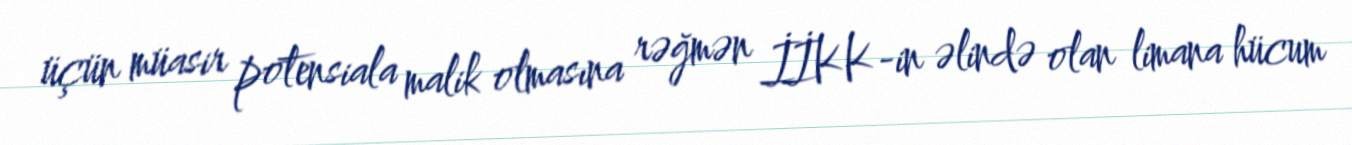
üçün müasir potensiala malik olmasına rəğmən İİKK-in əlində olan limana hücum